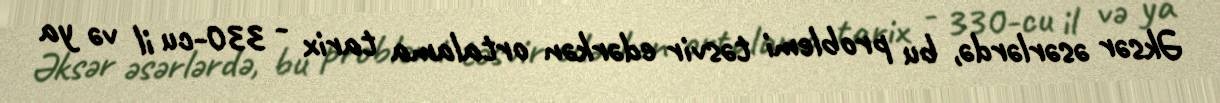
Əksər əsərlərdə, bu problemi təsvir edərkən ortalama tarix - 330-cu il və ya